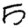
Digit: 5